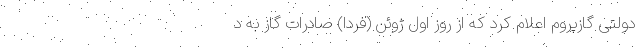
دولتی گازپروم اعلام کرد که از روز اول ژوئن (فردا) صادرات گاز به د